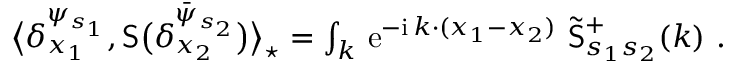
\begin{array} { r } { \big \langle \delta _ { x _ { 1 } } ^ { \psi _ { s _ { 1 } } } , \mathsf { S } \big ( \delta _ { x _ { 2 } } ^ { \bar { \psi } _ { s _ { 2 } } } \big ) \big \rangle _ { \star } = \int _ { k } \, { \mathrm { e } } ^ { - { \mathrm { i } } \, k \cdot ( x _ { 1 } - x _ { 2 } ) } \ \tilde { \mathsf { S } } _ { s _ { 1 } s _ { 2 } } ^ { + } ( k ) \ . } \end{array}